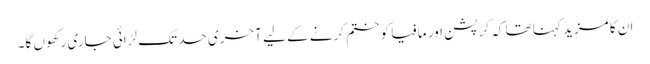
ان کا مزید کہنا تھا کہ کرپشن اور مافیا کو ختم کرنے کے لیے آخری حد تک لڑائی جاری رکھوں گا۔